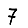
Digit: 7